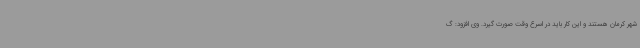
شهر کرمان هستند و این کار باید در اسرع وقت صورت گیرد. وی افزود: گ